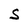
Character: S